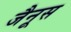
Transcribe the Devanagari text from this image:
जैनूस